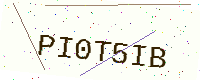
Text: PI0T5IB